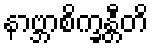
နာဗ္ဘာစိက္ခန္တီတိ